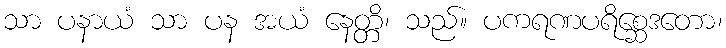
သာ ပနာယံ သာ ပန အယံ နေတ္တိ၊ သည်။ ပကရဏပရိစ္ဆေဒတော၊